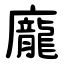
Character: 龐